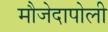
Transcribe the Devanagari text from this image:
मौजेदापोली